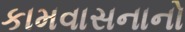
કામવાસનાનો